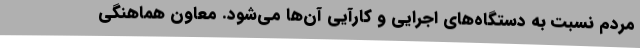
مردم نسبت به دستگاه‌های اجرایی و کارآیی آن‌ها می‌شود. معاون هماهنگی